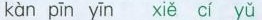
kàn pīn yīn xiě cí yǔ